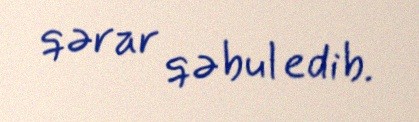
qərar qəbul edib.